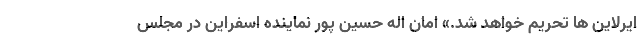
ایرلاین ها تحریم خواهد شد.» امان اله حسین پور نماینده اسفراین در مجلس